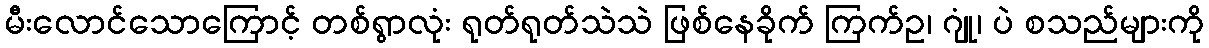
မီးလောင်သောကြောင့် တစ်ရွာလုံး ရုတ်ရုတ်သဲသဲ ဖြစ်နေခိုက် ကြက်ဥ၊ ဂျုံ၊ ပဲ စသည်များကို